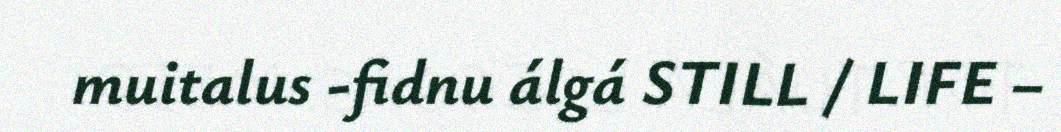
muitalus -fidnu álgá STILL / LIFE –